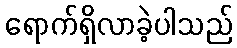
ရောက်ရှိလာခဲ့ပါသည်